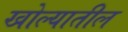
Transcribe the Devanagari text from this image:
खोल्यातील